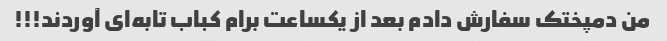
من دمپختک سفارش دادم بعد از یکساعت برام کباب تابه‌ای آوردند!!!